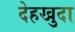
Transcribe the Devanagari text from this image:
देहखुदा